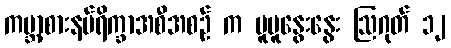
ကမ္ဘာ့စားနပ်ရိက္ခာအစီအစဉ် က ပူပူနွေးနွေး ဩဂုတ် ၁၂